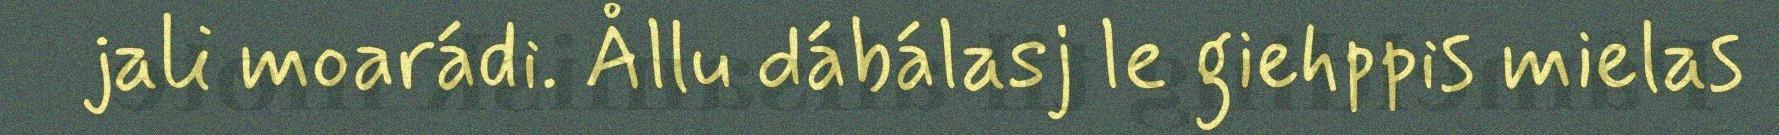
jali moarádi. Ållu dábálasj le giehppis mielas